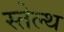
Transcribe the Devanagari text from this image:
स्तेल्थ